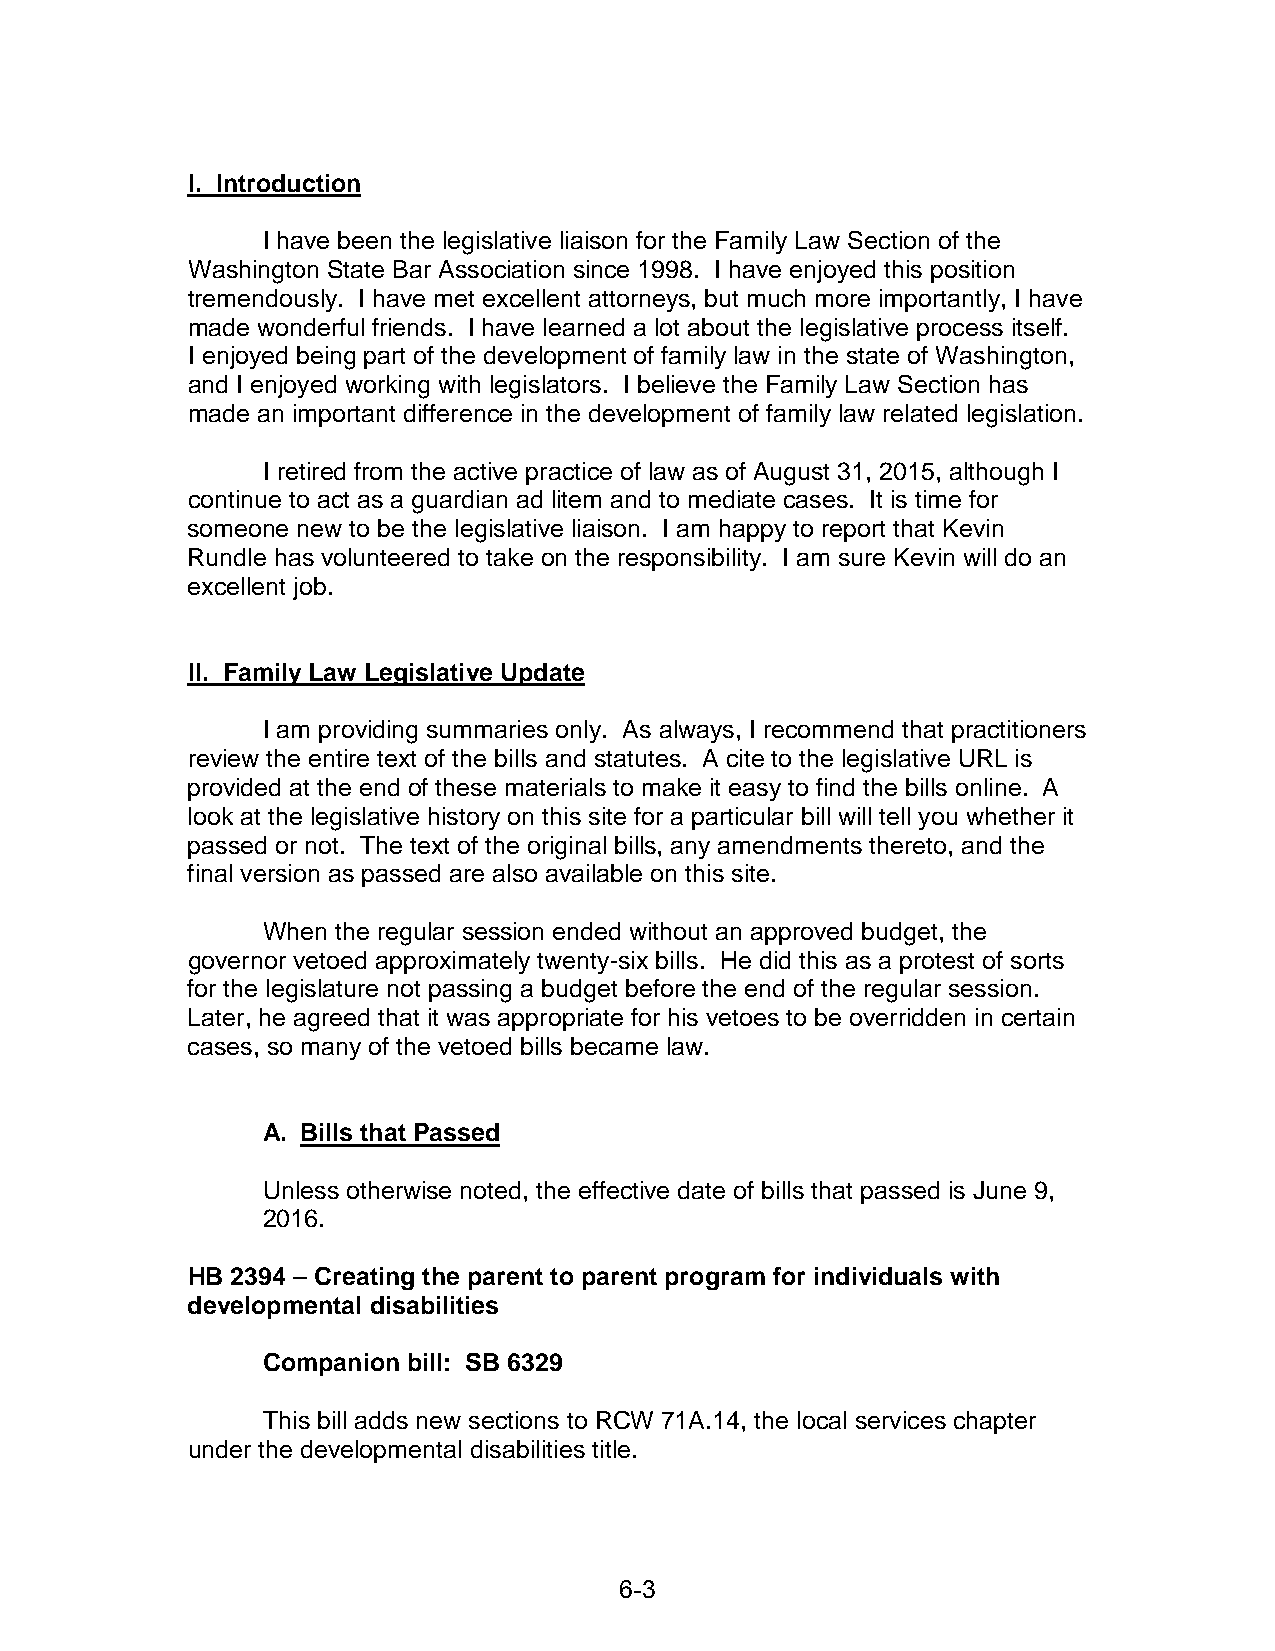
I. Introduction
 I have been the legislative liaison for the Family Law Section of the
 Washington State Bar Association since 1998. I have enjoyed this position
 tremendously. I have met excellent attorneys, but much more importantly, I have
 made wonderful friends. I have learned a lot about the legislative process itself.
 I enjoyed being part of the development of family law in the state of Washington,
 and I enjoyed working with legislators. I believe the Family Law Section has
 made an important difference in the development of family law related legislation.
 I retired from the active practice of law as of August 31, 2015, although I
 continue to act as a guardian ad litem and to mediate cases. It is time for
 someone new to be the legislative liaison. I am happy to report that Kevin
 Rundle has volunteered to take on the responsibility. I am sure Kevin will do an
 excellent job.
 II. Family Law Legislative Update
 I am providing summaries only. As always, I recommend that practitioners
 review the entire text of the bills and statutes. A cite to the legislative URL is
 provided at the end of these materials to make it easy to find the bills online. A
 look at the legislative history on this site for a particular bill will tell you whether it
 passed or not. The text of the original bills, any amendments thereto, and the
 final version as passed are also available on this site.
 When the regular session ended without an approved budget, the
 governor vetoed approximately twenty-six bills. He did this as a protest of sorts
 for the legislature not passing a budget before the end of the regular session.
 Later, he agreed that it was appropriate for his vetoes to be overridden in certain
 cases, so many of the vetoed bills became law.
 A. Bills that Passed
 Unless otherwise noted, the effective date of bills that passed is June 9,
 2016.
 HB 2394 – Creating the parent to parent program for individuals with
 developmental disabilities
 Companion bill: SB 6329
 This bill adds new sections to RCW 71A.14, the local services chapter
 under the developmental disabilities title.
 6-3